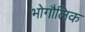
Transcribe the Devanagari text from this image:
भोगौलिक